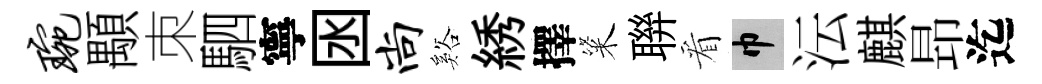
琬顒朿駟寧囦尚谿綉擇粢聨看巾沄麒昻迄